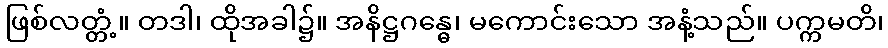
ဖြစ်လတ္တံ့။ တဒါ၊ ထိုအခါ၌။ အနိဋ္ဌဂန္ဓေ၊ မကောင်းသော အနံ့သည်။ ပက္ကမတိ၊